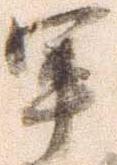
軍